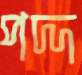
পদ্দ